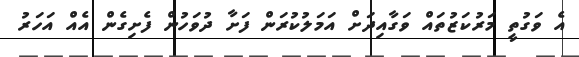
އެ ވަގުތީ މަރުކަޒުތައް ވަގާއިދަށް އަމަލުކުރަން ފަށާ ދުވަހުން ފެށިގެން އެއް އަހަރު